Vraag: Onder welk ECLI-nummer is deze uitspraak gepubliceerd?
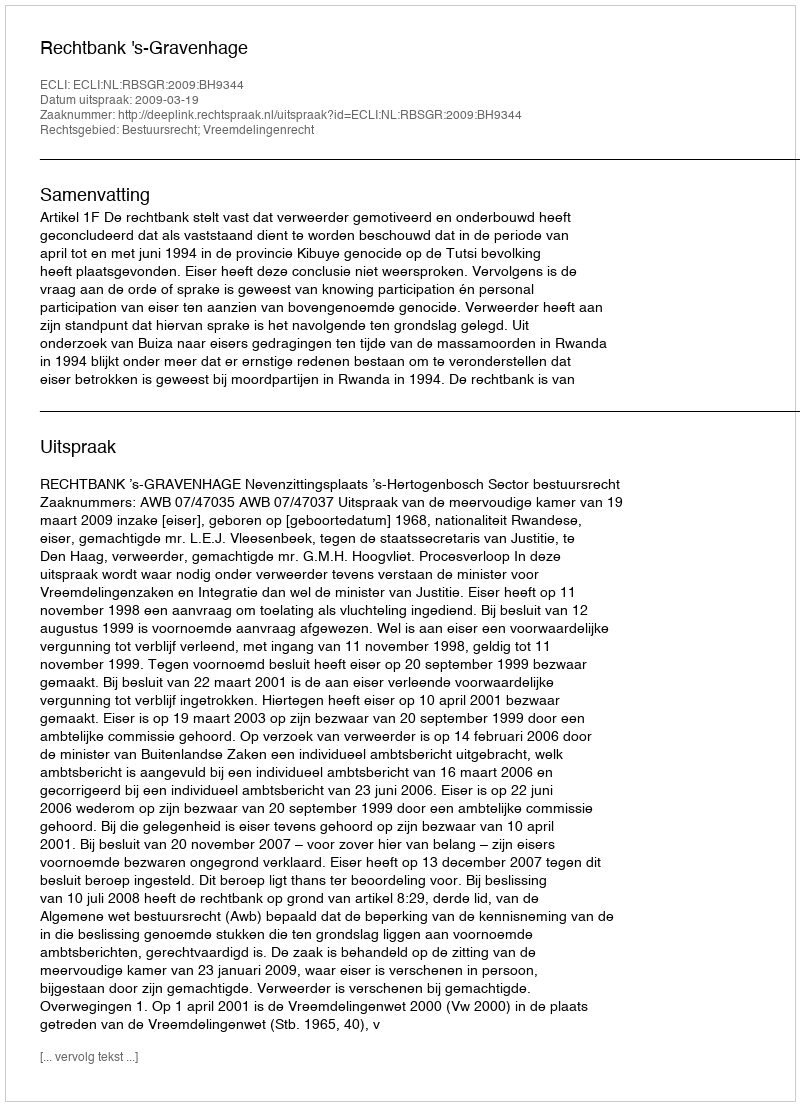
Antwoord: ECLI:NL:RBSGR:2009:BH9344